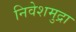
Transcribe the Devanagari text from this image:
निवेशमुद्रा